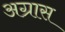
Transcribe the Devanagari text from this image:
अग्रास